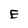
Character: E